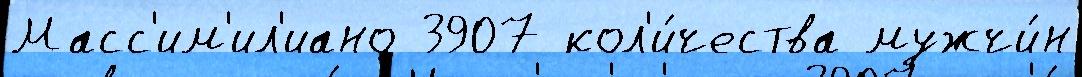
Масс'им'ил'иано 3907 кол'и́чества мужчи́н